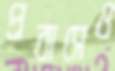
প্রবাসেও